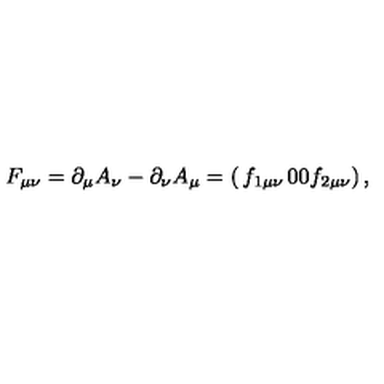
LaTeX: F _ { \mu \nu } = \partial _ { \mu } A _ { \nu } - \partial _ { \nu } A _ { \mu } = \left( \begin{matrix} { f _ { 1 \mu \nu } } & { 0 } \\ { 0 } & { f _ { 2 \mu \nu } } \\ \end{matrix} \right) ,